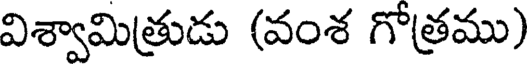
విశ్వామిత్రుడు (వంశ గోత్రము)